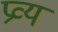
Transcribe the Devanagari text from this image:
प्रव्य